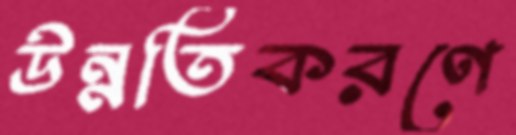
উন্নতিকরণে